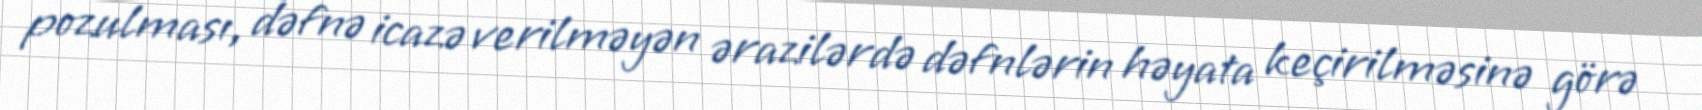
pozulması, dəfnə icazə verilməyən ərazilərdə dəfnlərin həyata keçirilməsinə görə